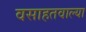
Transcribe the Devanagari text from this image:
वसाहतवाल्या